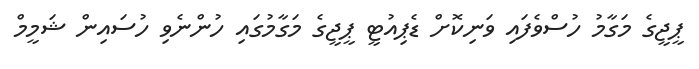
ޕީޖީގެ މަގާމު ހުސްވެފައި ވަނިކޮށް ޑެޕިއުޓީ ޕީޖީގެ މަގާމުގައި ހުންނެވި ހުސައިން ޝަމީމް